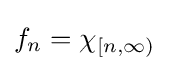
f_{n}=\chi _{[n,\infty )}